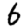
Digit: 6